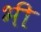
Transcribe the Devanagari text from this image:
भी